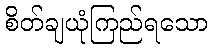
စိတ်ချယုံကြည်ရသော